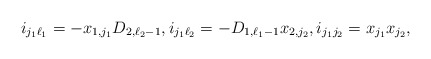
\begin{align*}i_{j_1 \ell_1}=-x_{1,j_1}D_{2,\ell_2-1}, i_{j_1 \ell_2}=-D_{1,\ell_1-1}x_{2,j_2}, i_{j_1 j_2}=x_{j_1}x_{j_2}, \end{align*}